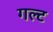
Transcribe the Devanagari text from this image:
गल्ट